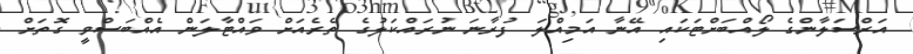
އަރްސަލާންގެ ލޯއްބަށްޓަކައި އޭނާ އަމިއްލަ ފުރާނަ ނުރައްކަލުގެ ތެރެއަށް ވައްޓާލަން އެއްބަސްވީ ގޮތަށް